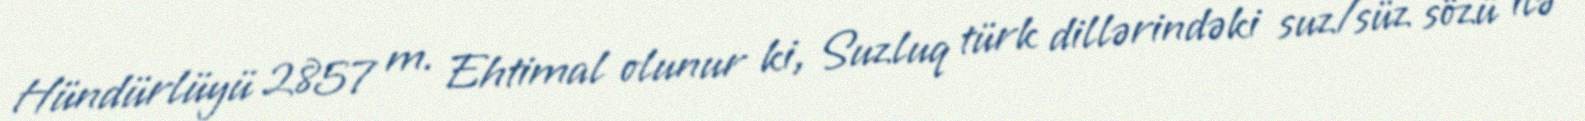
Hündürlüyü 2857 m. Ehtimal olunur ki, Suzluq türk dillərindəki suz/süz sözü ilə